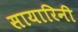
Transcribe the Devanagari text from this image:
सायारिनी